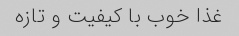
غذا خوب با کیفیت و تازه